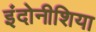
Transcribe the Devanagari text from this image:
इंदोनीशिया